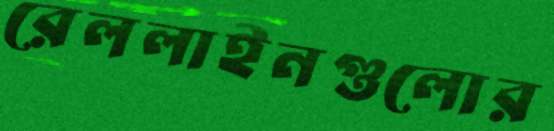
রেললাইনগুলোর